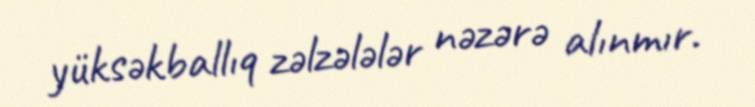
yüksəkballıq zəlzələlər nəzərə alınmır.